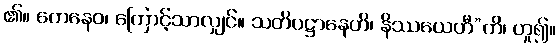
၏။ တေနေဝ၊ ကြောင့်သာလျှင်။ သတိပဋ္ဌာနေဟိ၊ နိဿယေဟီ”တိ၊ ဟူ၍။